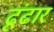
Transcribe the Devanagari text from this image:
ढूंढार